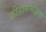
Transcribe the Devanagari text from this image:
क्रीडासमीक्षक